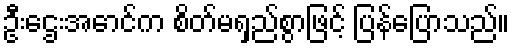
ဦးဌေးအောင်က စိတ်မရှည်စွာဖြင့် ပြန်ပြောသည်။